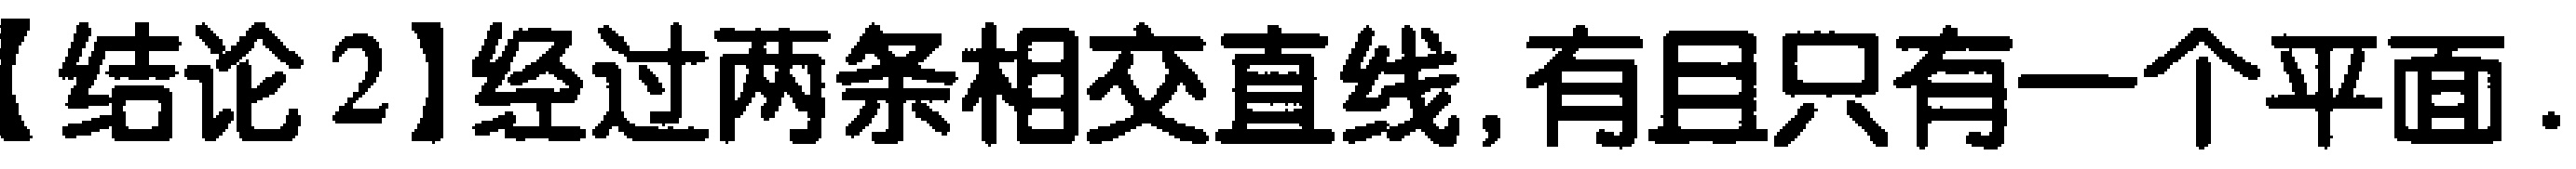
【结论2】经过两条相交直线,有且只有一个平面.